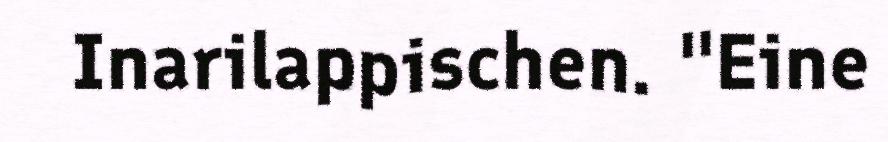
Inarilappischen. "Eine